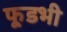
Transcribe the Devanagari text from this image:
फूडभी